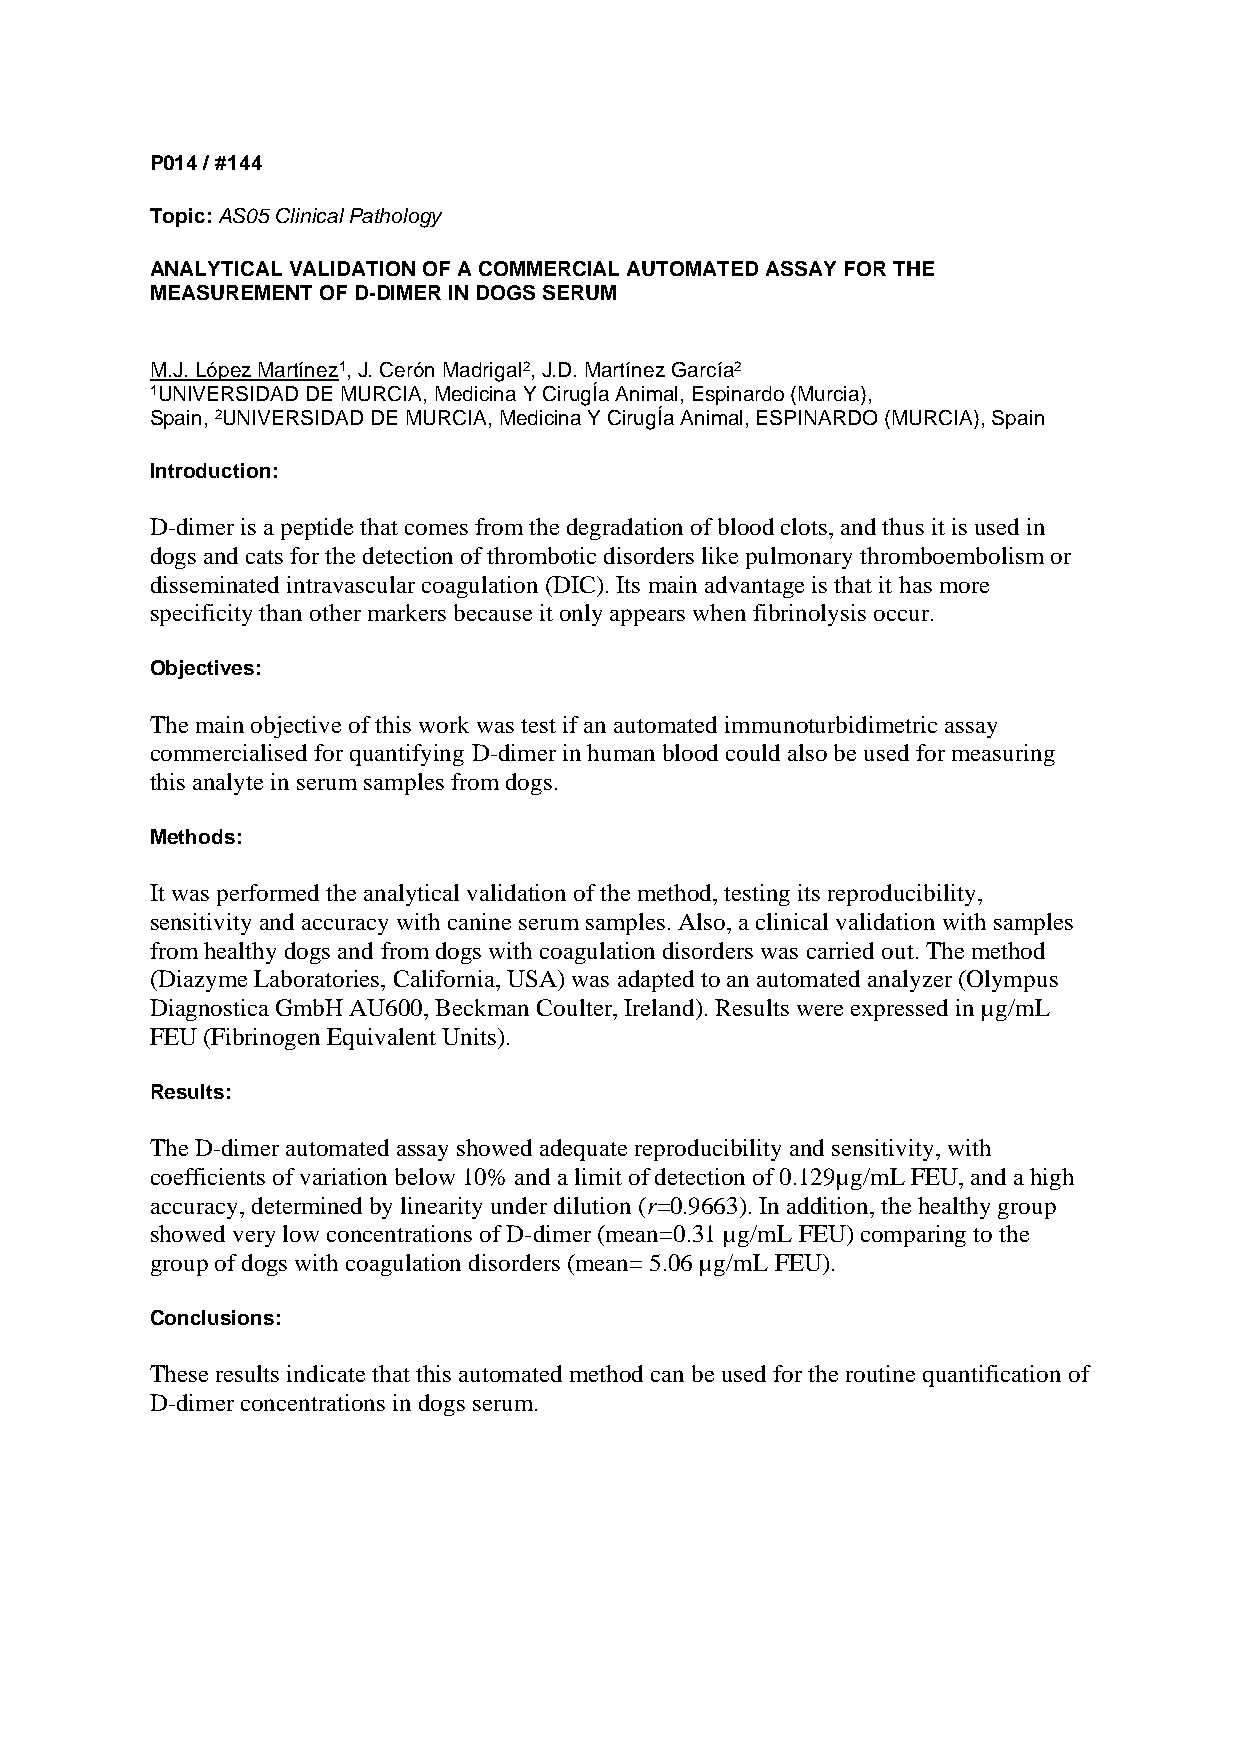
P014 / #144
 Topic: AS05 Clinical Pathology
 ANALYTICAL VALIDATION OF A COMMERCIAL AUTOMATED ASSAY FOR THE
 MEASUREMENT OF D-DIMER IN DOGS SERUM
 M.J. López Martínez1, J. Cerón Madrigal2, J.D. Martínez García2
 1UNIVERSIDAD DE MURCIA, Medicina Y CirugÍa Animal, Espinardo (Murcia),
 Spain, 2UNIVERSIDAD DE MURCIA, Medicina Y CirugÍa Animal, ESPINARDO (MURCIA), Spain
 Introduction:
 D-dimer is a peptide that comes from the degradation of blood clots, and thus it is used in
 dogs and cats for the detection of thrombotic disorders like pulmonary thromboembolism or
 disseminated intravascular coagulation (DIC). Its main advantage is that it has more
 specificity than other markers because it only appears when fibrinolysis occur.
 Objectives:
 The main objective of this work was test if an automated immunoturbidimetric assay
 commercialised for quantifying D-dimer in human blood could also be used for measuring
 this analyte in serum samples from dogs.
 Methods:
 It was performed the analytical validation of the method, testing its reproducibility,
 sensitivity and accuracy with canine serum samples. Also, a clinical validation with samples
 from healthy dogs and from dogs with coagulation disorders was carried out. The method
 (Diazyme Laboratories, California, USA) was adapted to an automated analyzer (Olympus
 Diagnostica GmbH AU600, Beckman Coulter, Ireland). Results were expressed in µg/mL
 FEU (Fibrinogen Equivalent Units).
 Results:
 The D-dimer automated assay showed adequate reproducibility and sensitivity, with
 coefficients of variation below 10% and a limit of detection of 0.129µg/mL FEU, and a high
 accuracy, determined by linearity under dilution (r=0.9663). In addition, the healthy group
 showed very low concentrations of D-dimer (mean=0.31 µg/mL FEU) comparing to the
 group of dogs with coagulation disorders (mean= 5.06 µg/mL FEU).
 Conclusions:
 These results indicate that this automated method can be used for the routine quantification of
 D-dimer concentrations in dogs serum.